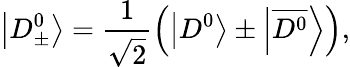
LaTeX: \left|D_{\pm}^{0}\right\rangle=\frac{1}{\sqrt{2}}\left(\left|D^{0}\right\rangle\pm\left|\overline{{{D^{0}}}}\right\rangle\right),